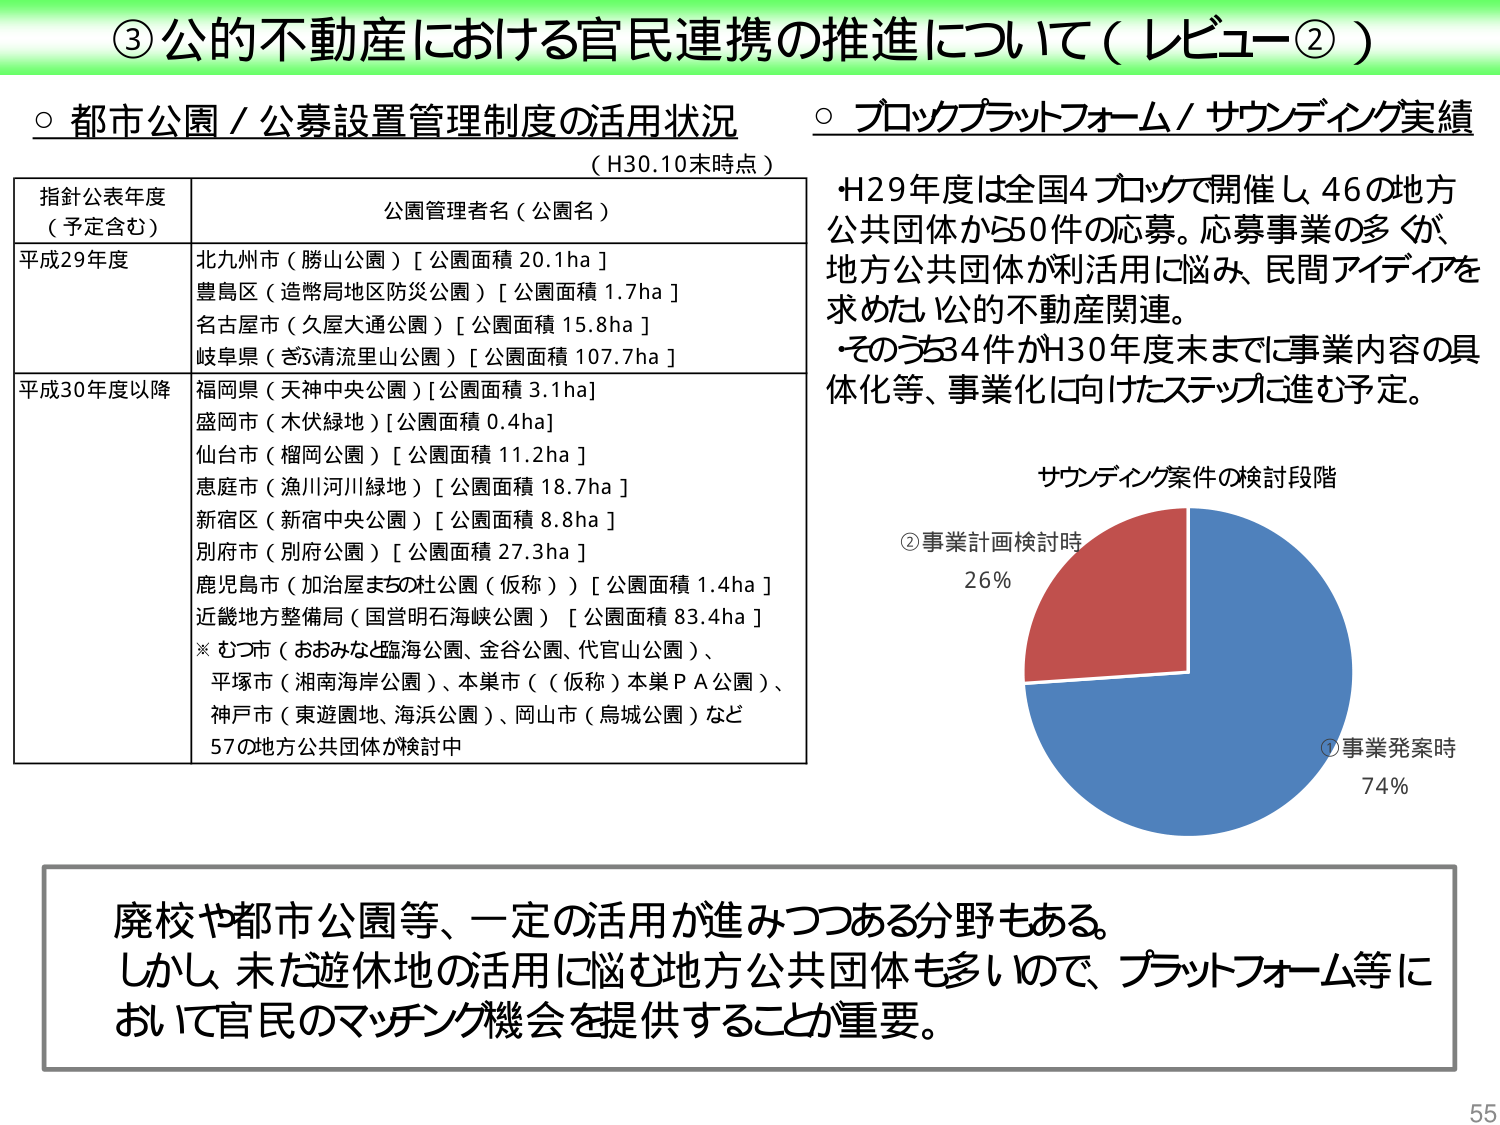
③ 公的不動産における官民連携の推進について（レビュー②）

○ 都市公園／公募設置管理制度の活用状況
（H30.10末時点）

指針公表年度
（予定含む）